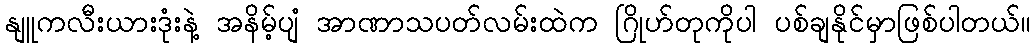
နျူကလီးယားဒုံးနဲ့ အနိမ့်ပျံ အာဏာသပတ်လမ်းထဲက ဂြိုဟ်တုကိုပါ ပစ်ချနိုင်မှာဖြစ်ပါတယ်။